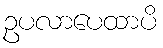
ဥပလာပေထာပိ